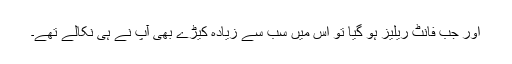
اور جب فانٹ ریلیز ہو گیا تو اس میں سب سے زیادہ کیڑے بھی آپ نے ہی نکالے تھے۔